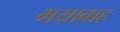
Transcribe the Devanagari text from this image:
भयावाह